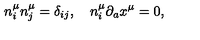
n _ { i } ^ { \mu } n _ { j } ^ { \mu } = \delta _ { i j } , \quad n _ { i } ^ { \mu } \partial _ { a } x ^ { \mu } = 0 ,